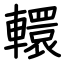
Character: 轘